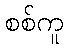
စစ်ကူ